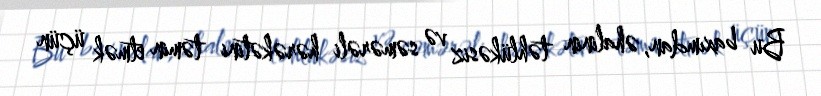
Bu baxımdan, əhalinin təhlükəsiz və səmərəli hərəkətini təmin etmək üçün